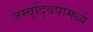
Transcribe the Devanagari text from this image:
जम्बूद्विपामध्ये